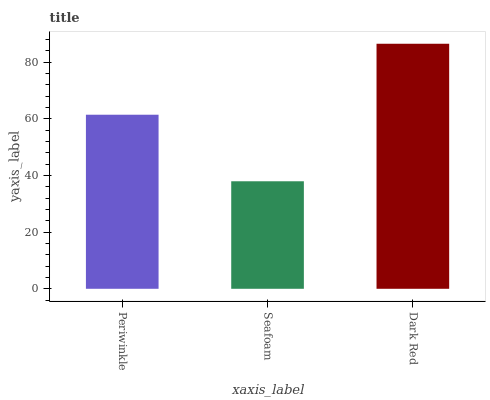
| xaxis_label | bars |
 | --- | --- |
 | Periwinkle | 61.4 |
 | Seafoam | 37.9 |
 | Dark Red | 86.4 |